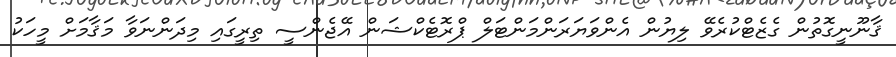
ޤާނޫނީގޮތުން ގެޒެޓްކުރެވޭ ލިޔުން އެންވަޔަރަންމަންޓަލް ޕްރޮޓެކްޝަން އޭޖެންސީ ތިރީގައި މިދަންނަވާ މަޤާމަށް މީހަކު